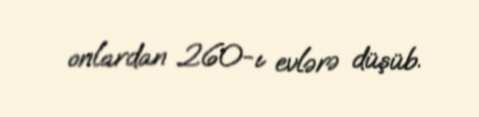
onlardan 260-ı evlərə düşüb.